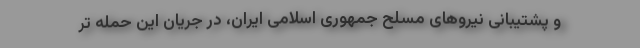
و پشتیبانی نیروهای مسلح جمهوری اسلامی ایران، در جریان این حمله تر